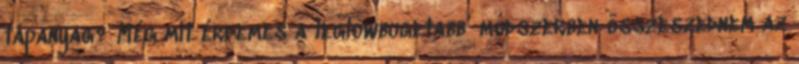
tápanyag? Még mit érdemes a leglowbugetabb’ módszerben összeszednem az